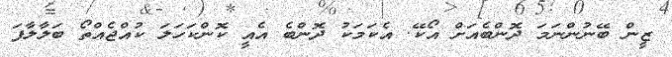
ޒީން ބޭނުންނަމަ ދޮންބެއަށް އޯކޭ. އެކަމަކު ދޮންބެ އެއީ ކޮންކަހަލަ ކުއްޖެއްތޯ ބަލާލާފަ